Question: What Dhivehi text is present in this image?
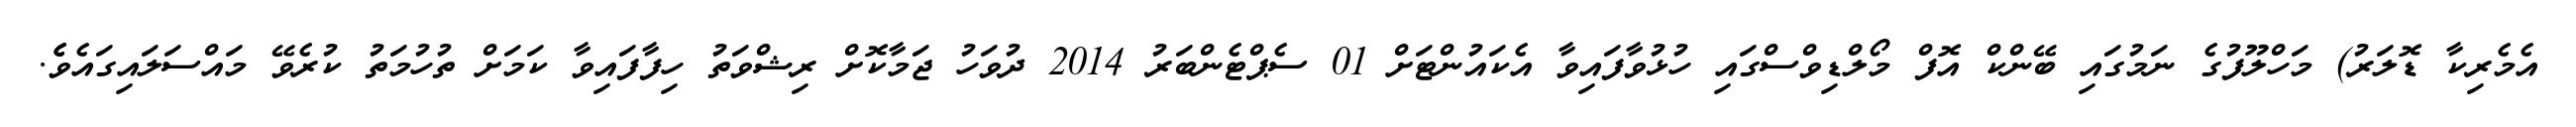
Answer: އެމެރިކާ ޑޮލަރު) މަހްލޫފުގެ ނަމުގައި ބޭންކް އޮފް މޯލްޑިވްސްގައި ހުޅުވާފައިވާ އެކައުންޓަށް 01 ސެޕްޓެންބަރު 2014 ދުވަހު ޖަމާކޮށް ރިޝްވަތު ހިފާފައިވާ ކަމަށް ތުހުމަތު ކުރެވޭ މައްސަލައިގައެވެެ.